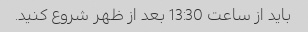
باید از ساعت 13:30 بعد از ظهر شروع کنید.